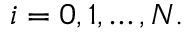
i = 0 , 1 , \dotsc , N .